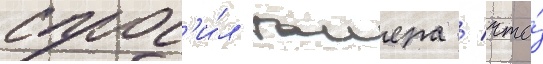
спрос'и́л таиера / что́